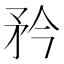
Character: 矜